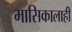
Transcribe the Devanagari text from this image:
मासिकालाही